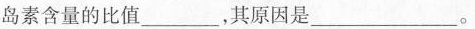
岛素含量的比值___，其原因是___。